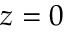
z = 0